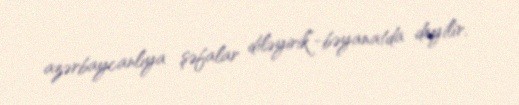
azərbaycanlıya şəfalar diləyirik”-bəyanatda deyilir.